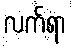
လက်ရာ